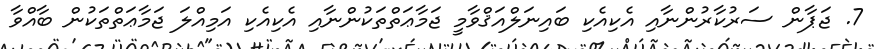
7. ޖަޕާން ސަރުކާރުންނާއި އެކިއެކި ބައިނަލްއަޤްވާމީ ޖަމާޢަތްތަކުންނާއި އެކިއެކި އަމިއްލަ ޖަމާޢަތްތަކުން ބާއްވާ